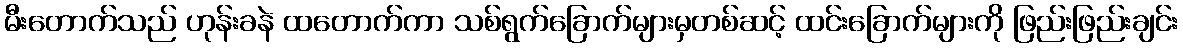
မီးတောက်သည် ဟုန်းခနဲ ထတောက်ကာ သစ်ရွက်ခြောက်များမှတစ်ဆင့် ထင်းခြောက်များကို ဖြည်းဖြည်းချင်း